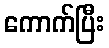
ကောက်ပြီး